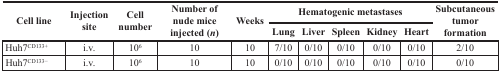
<table><thead><tr><td rowspan="2"><b>Cell line</b></td><td rowspan="2"><b>Injection site</b></td><td rowspan="2"><b>Cell number</b></td><td rowspan="2"><b>Number of nude mice injected (n)</b></td><td rowspan="2"><b>Weeks</b></td><td colspan="5"><b>Hematogenic metastases</b></td><td rowspan="2"><b>Subcutaneous tumor formation</b></td></tr><tr><td><b>Lung</b></td><td><b>Liver</b></td><td><b>Spleen</b></td><td><b>Kidney</b></td><td><b>Heart</b></td></tr></thead><tbody><tr><td>Huh7<sup>CD133+</sup></td><td>i.v.</td><td>10<sup>6</sup></td><td>10</td><td>10</td><td>7/10</td><td>0/10</td><td>0/10</td><td>0/10</td><td>0/10</td><td>2/10</td></tr><tr><td>Huh7<sup>CD133−</sup></td><td>i.v.</td><td>10<sup>6</sup></td><td>10</td><td>10</td><td>0/10</td><td>0/10</td><td>0/10</td><td>0/10</td><td>0/10</td><td>0/10</td></tr></tbody></table>